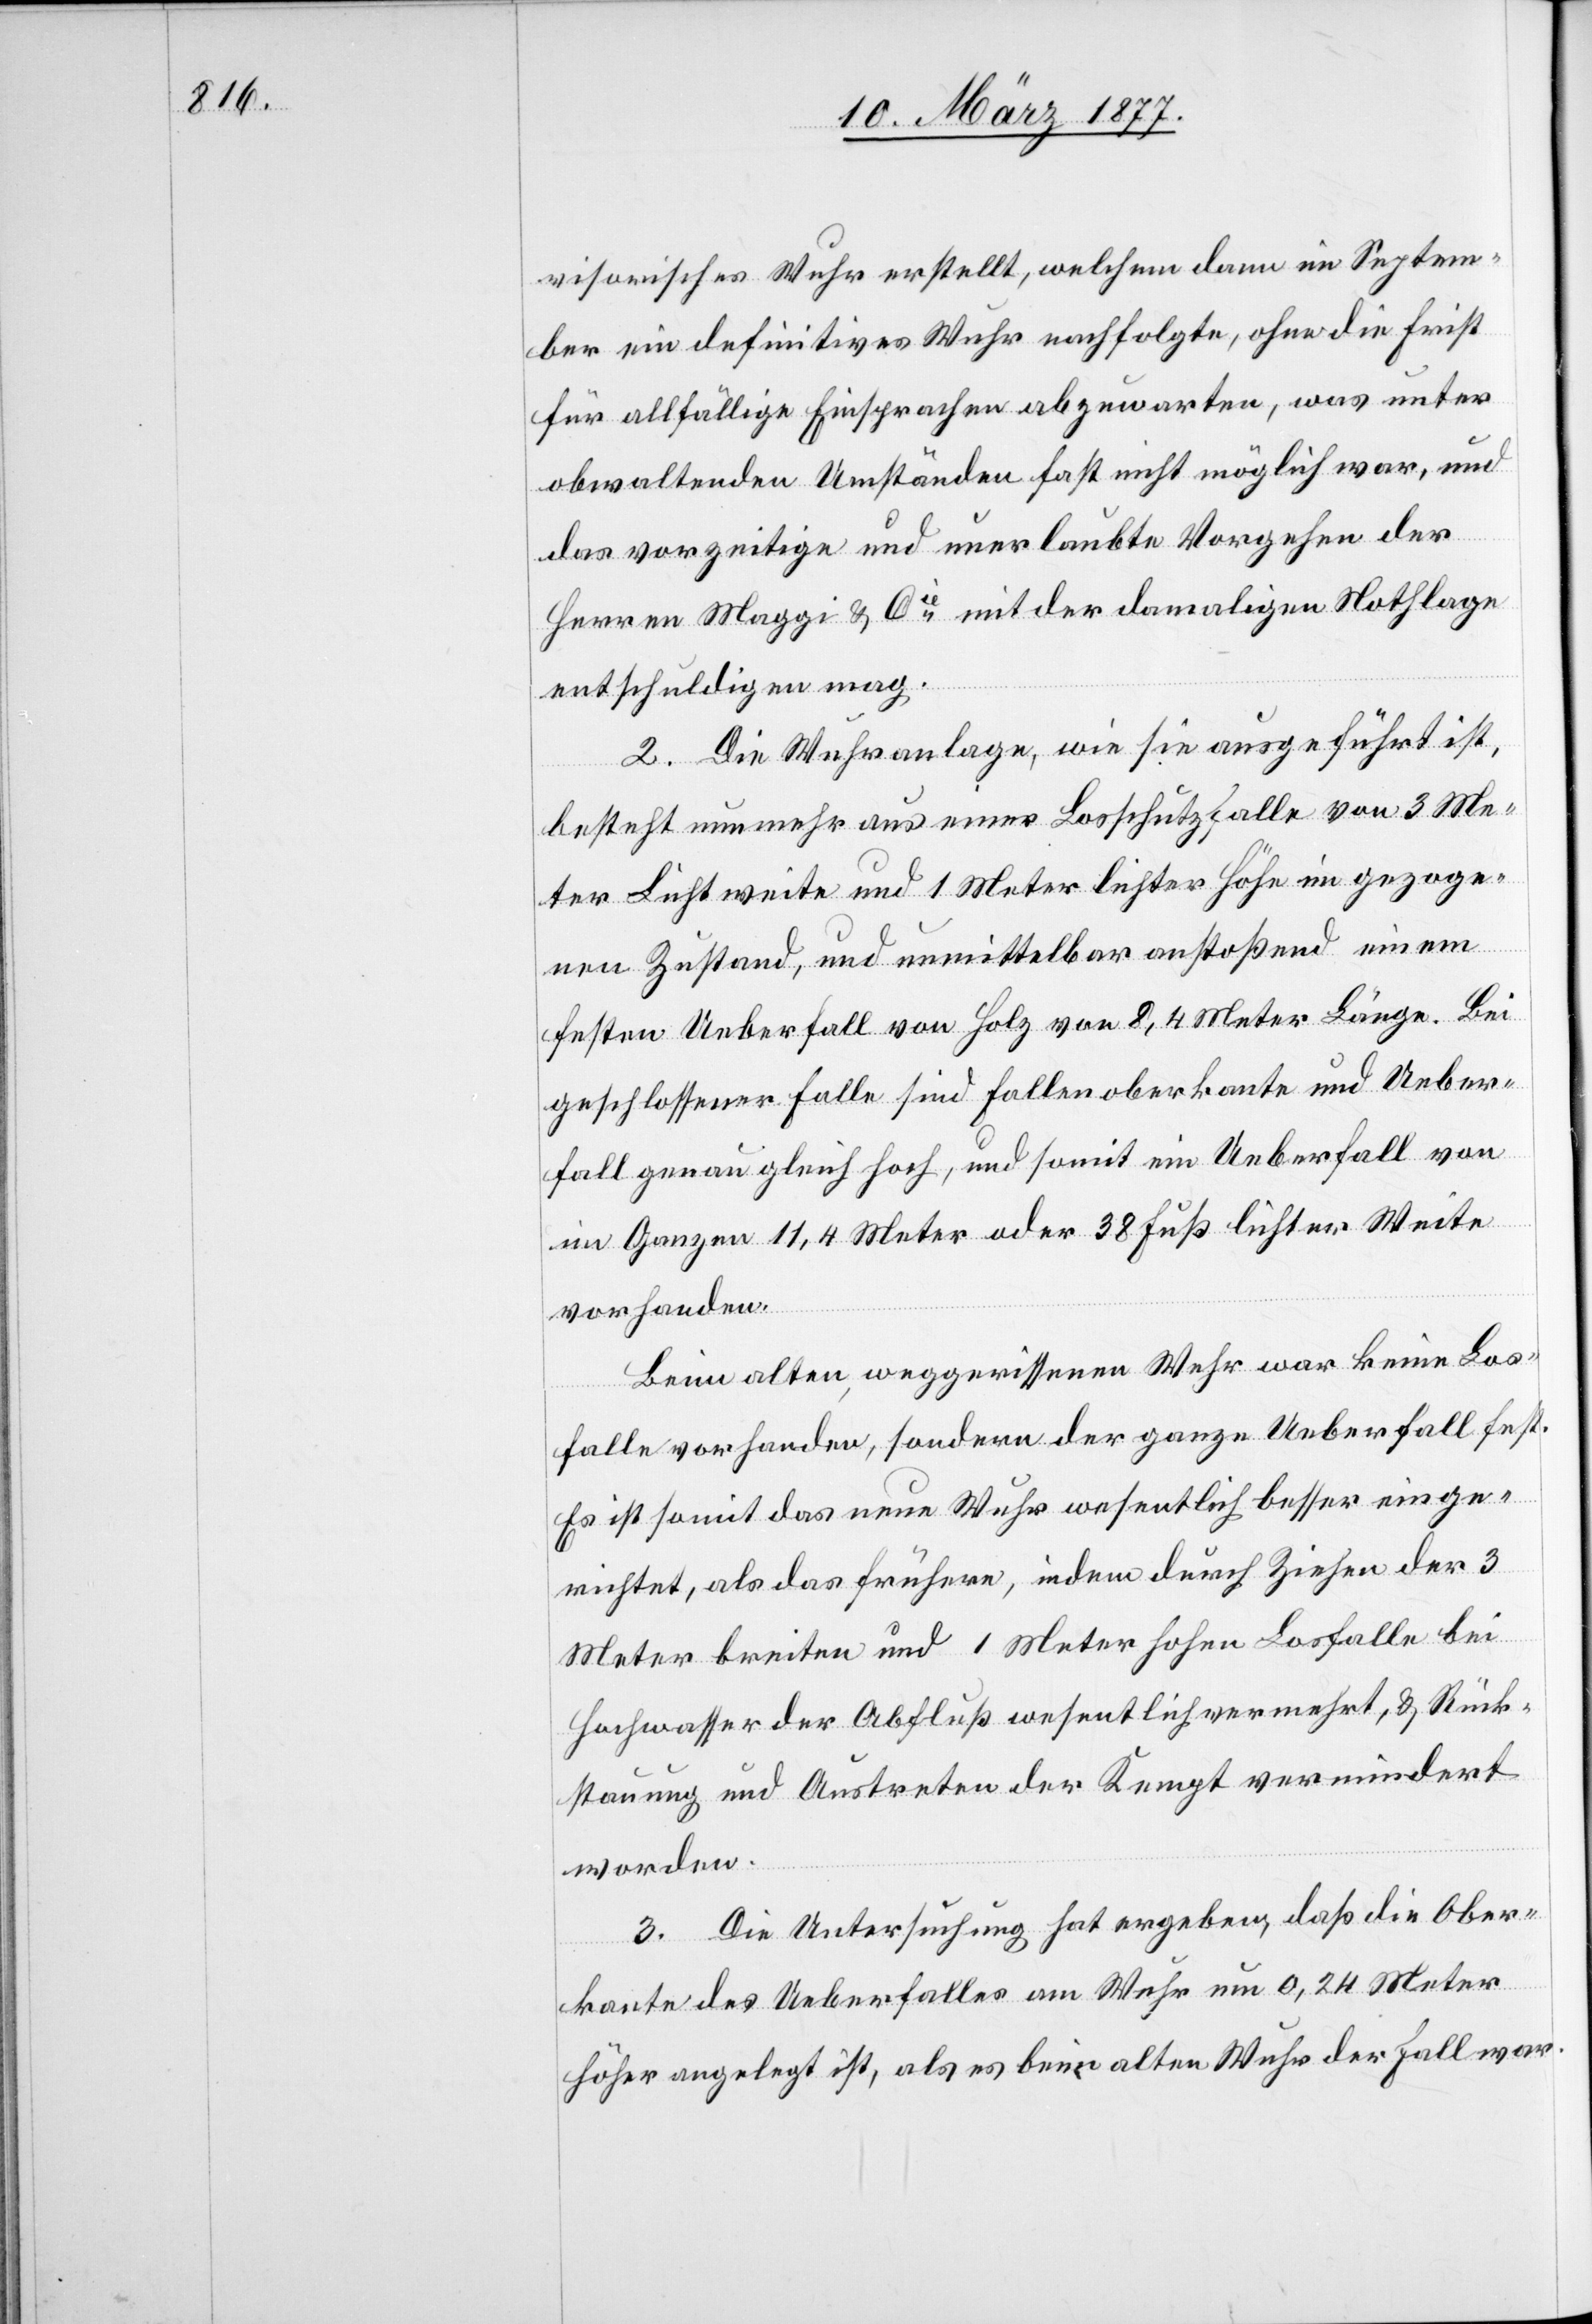
visorisches Wuhr erstellt, welchem dann im Septem¬
ber ein definitives Wuhr nachfolgte, ohne die Frist
für allfällige Einsprachen abzuwarten, was unter
obwaltenden Umständen fast nicht möglich war, und
das vorzeitige und unerlaubte Vorgehen der
Herren Maggi & Cie mit der damaligen Nothlage
entschuldigen mag.
2. Die Wuhranlage, wie sie ausgeführt ist,
besteht nunmehr aus einer Losschutzfalle von 3 Me¬
ter Lichtweite und 1 Meter lichter Höhe im gezoge¬
nen Zustand, und unmittelbar anstoßend einem
festen Ueberfall von Holz von 8,4 Meter Länge. Bei
geschlossener Falle sind Fallenoberkante und Ueber¬
fall genau gleich hoch, und somit ein Ueberfall von
im Ganzen 11,4 Meter oder 38 Fuß lichter Weite
vorhanden.
Beim alten, weggerissenen Wuhr war keine Los¬
falle vorhanden, sondern der ganze Ueberfall fest.
Es ist somit das neue Wuhr wesentlich besser einge¬
richtet, als das frühere, indem durch Ziehen der 3
Meter breiten und 1 Meter hohen Losfalle bei
Hochwasser der Abfluß wesentlich vermehrt, & Rück¬
stauung und Austreten der Kempt vermindert
worden.
3. Die Untersuchung hat ergeben, daß die Ober¬
kante des Ueberfalles am Wuhr um 0,24 Meter
höher angelegt ist, als es beim alten Wuhr der Fall war.